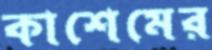
কাশেমের